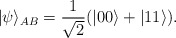
\begin{align*} |\psi\rangle_{AB}=\dfrac{1}{\sqrt{2}}(|00\rangle+|11\rangle).\end{align*}